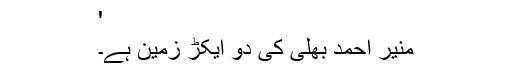
'
منیر احمد بھلی کی دو ایکڑ زمین ہے۔